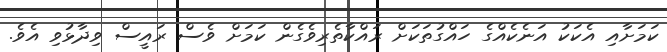
ކަމަށާއި އެކަކު އަނެކެއްގެ ހައްގުތަކަށް ރައްކާތެރިވެގެން ކަމަށް ވެސް ރައީސް ވިދާޅުވި އެވެ.